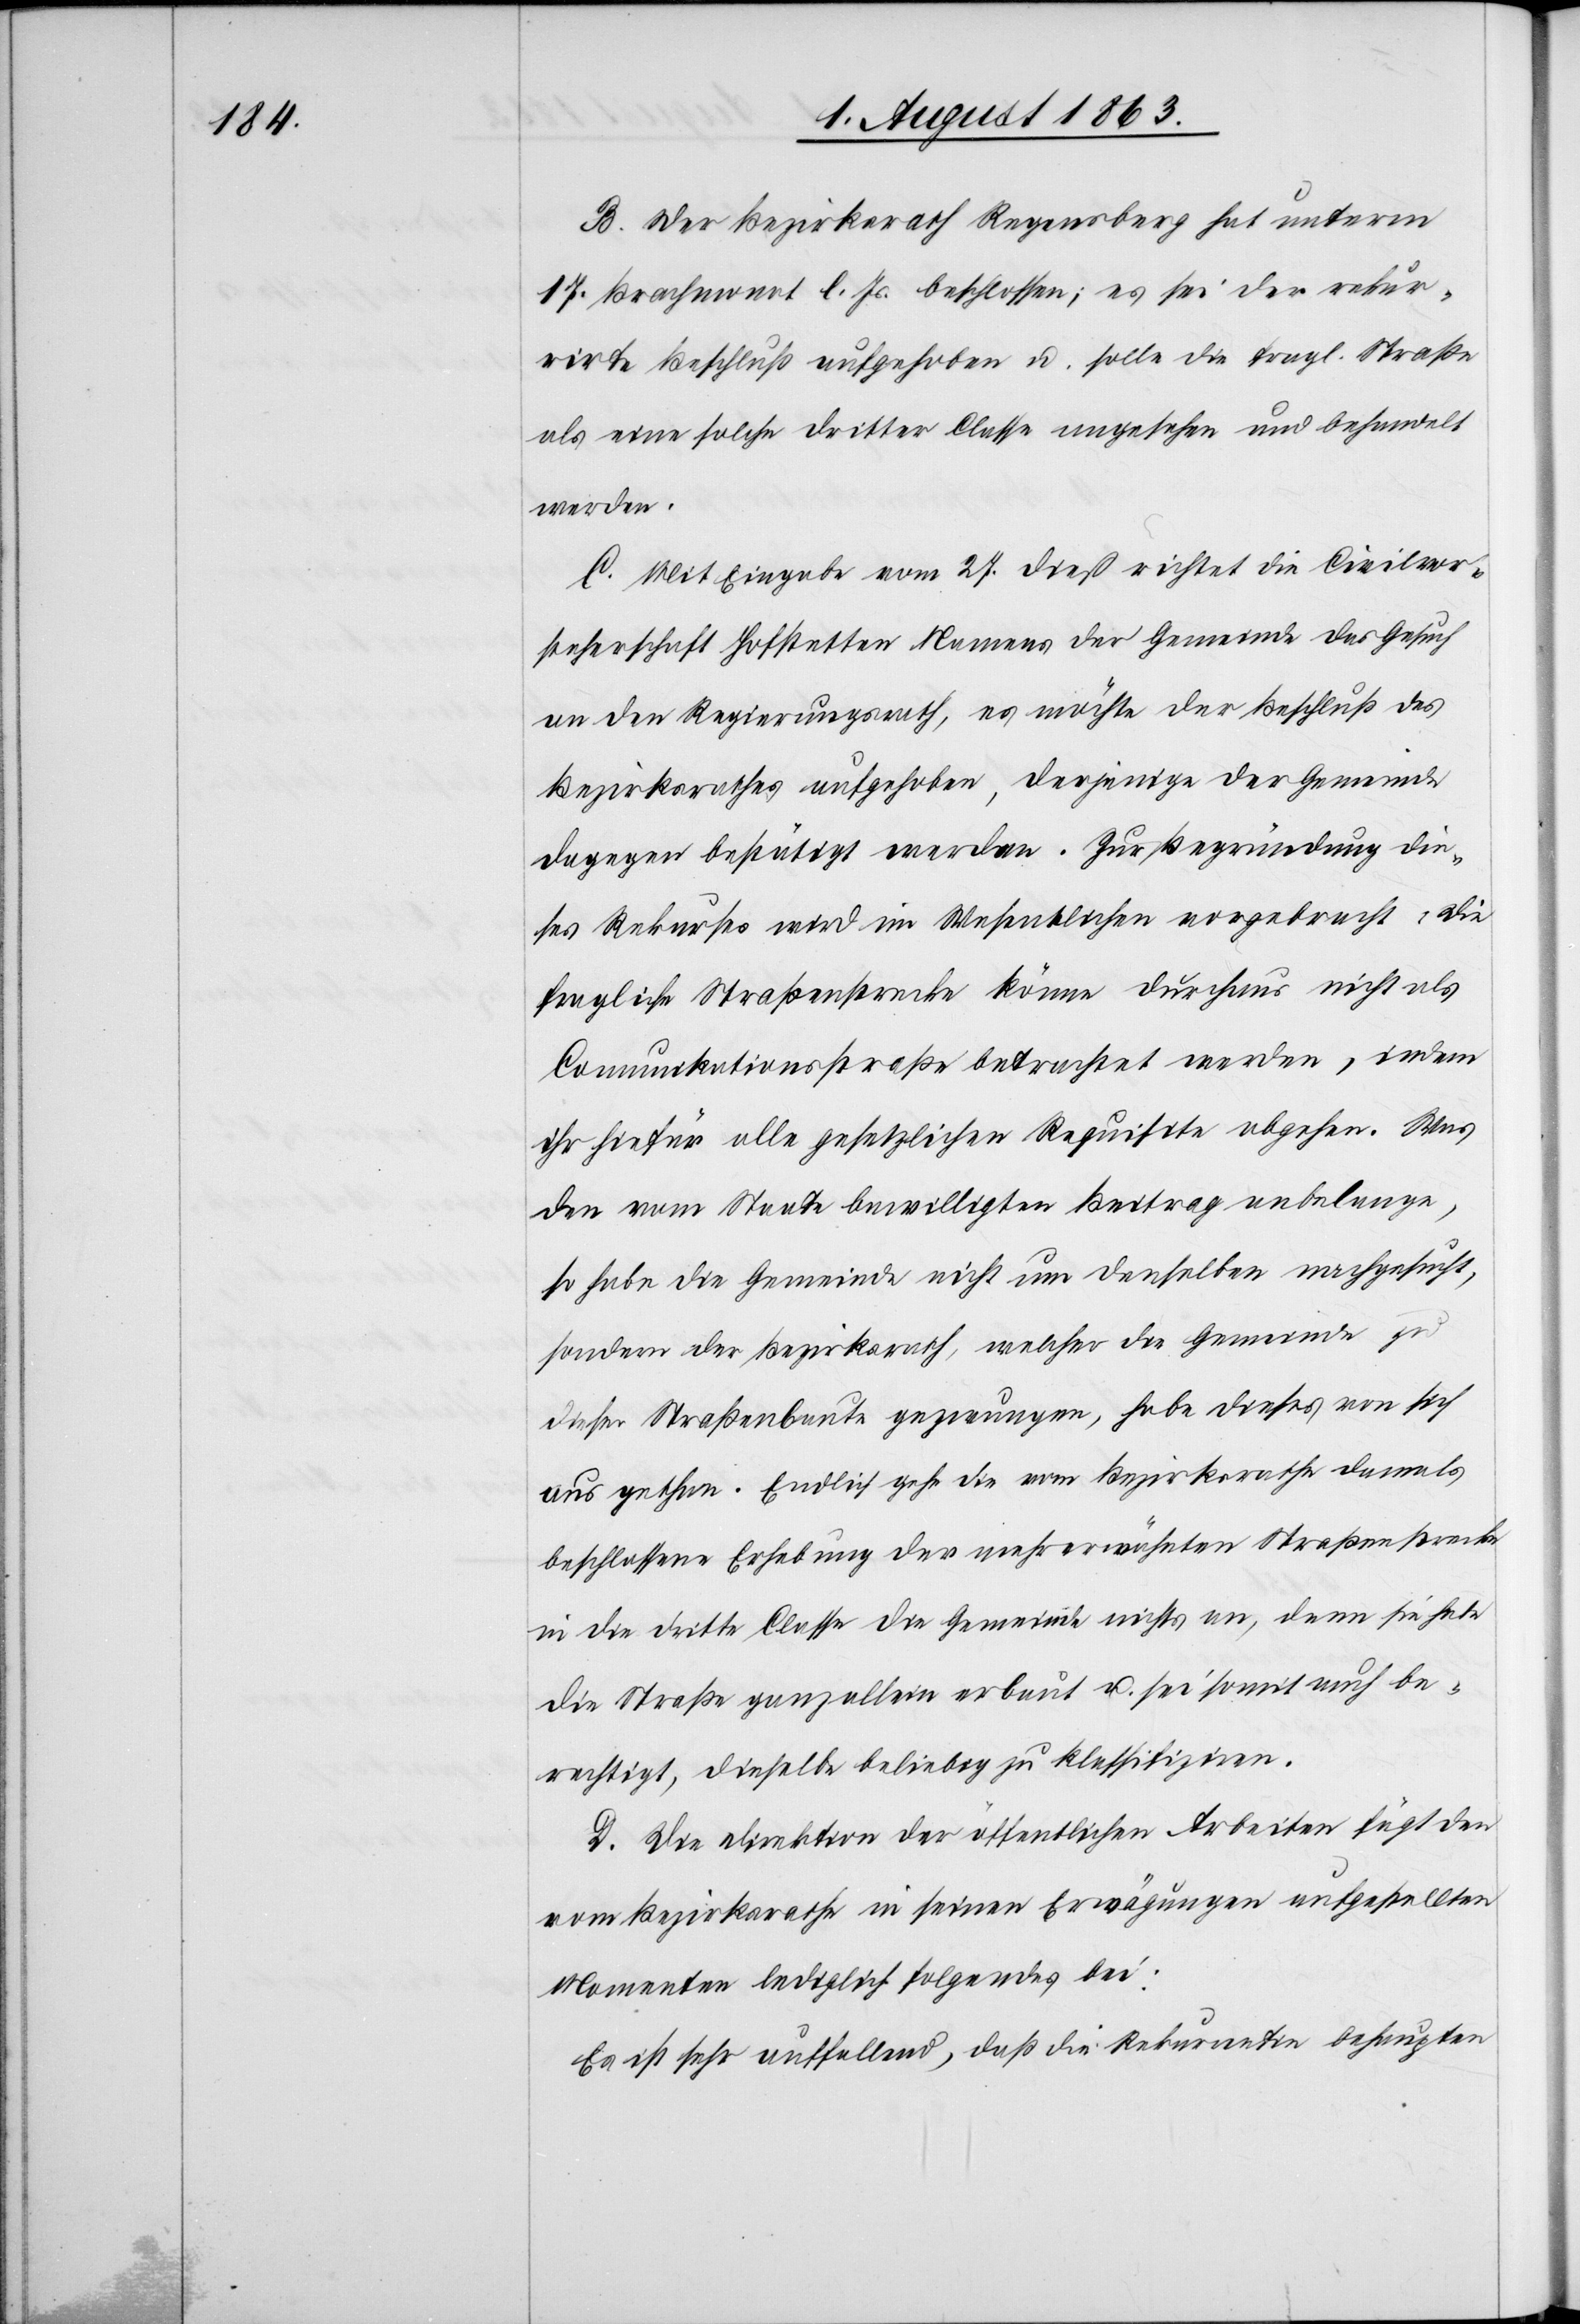
B. Der Bezirksrath Regensberg hat unterm
17. Brachmonat l. Js. beschlossen, es sei der rekur¬
rirte Beschluß aufgehoben u. solle die fragl. Straße
als eine solche dritter Classe angesehen und behandelt
werden.
C. Mit Eingabe vom 27. dieß richtet die Civilvor¬
steherschaft Hofstetten Namens der Gemeinde das Gesuch
an den Regierungsrath, es möchte der Beschluß des
Bezirksrathes aufgehoben, derjenige der Gemeinde
dagegen bestätigt werden. Zur Begründung die¬
ses Rekurses wird im Wesentlichen vorgebracht, die
fragliche Straßenstrecke könne durchaus nicht als
Comunikationsstraße betrachtet werden, indem
ihr hiefür alle gesetzlichen Requisite abgehen. Was
den vom Staate bewilligten Beitrag anbelange,
so habe die Gemeinde nicht um denselben nachgesucht,
sondern der Bezirksrath, welcher die Gemeinde zu
dieser Straßenbaute gezwungen, habe dieses von sich
aus gethan. Endlich gehe die vom Bezirksrathe damals
beschlossene Erhebung der mehrerwähnten Straßenstrecke
in die dritte Classe die Gemeinde nichts an, denn sie habe
die Straße ganz allein erbaut u. sei somit auch be¬
rechtigt, dieselbe beliebig zu klassifiziren.
D. Die Direktion der öffentlichen Arbeiten fügt den
vom Bezirksrathe in seinen Erwägungen aufgestellten
Momenten lediglich folgendes bei:
Es ist sehr auffallend, daß die Rekurrentin behaupten